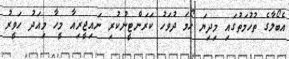
އެބޯލާގެ ތުހުމަތުގައި މިިދިޔަ ހޯމަ ދުވަހު ކަރަންޓީނުކުރި ނައިޖީރިއާ މީހާ މިއަދު ހަވީރު